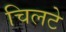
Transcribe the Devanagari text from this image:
चिलटे